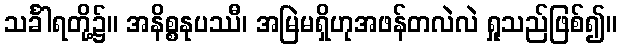
သင်္ခါရတို့၌။ အနိစ္စနုပဿီ၊ အမြဲမရှိဟုအဖန်တလဲလဲ ရှုသည်ဖြစ်၍။